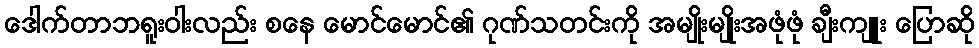
ဒေါက်တာဘရူးဝါးလည်း စနေ မောင်မောင်၏ ဂုဏ်သတင်းကို အမျိုးမျိုးအဖုံဖုံ ချီးကျူး ပြောဆို